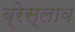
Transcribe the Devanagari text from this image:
ब्रेस्लाव